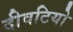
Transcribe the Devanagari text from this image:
दीवटियो